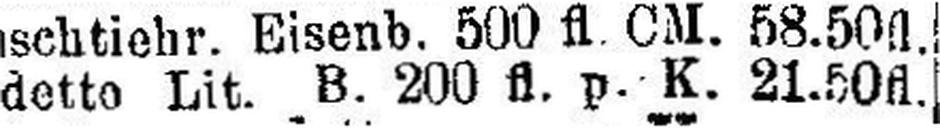
detto Lit. B. 200 fl. p. K. 21.50 fl.